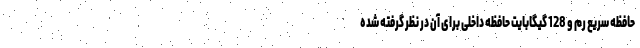
حافظه سریع رم و 128 گیگابایت حافظه داخلی برای آن در نظر گرفته شده